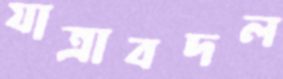
যাত্রাবদল